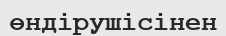
өндірушісінен